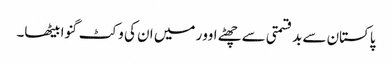
پاکستان سے بدقسمتی سے چھٹے اوور میں ان کی وکٹ گنوا بیٹھا۔